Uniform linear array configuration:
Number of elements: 24
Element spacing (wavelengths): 0.75
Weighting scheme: hann
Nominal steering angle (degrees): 45
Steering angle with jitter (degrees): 46.43
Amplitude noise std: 0.05
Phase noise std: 0.05

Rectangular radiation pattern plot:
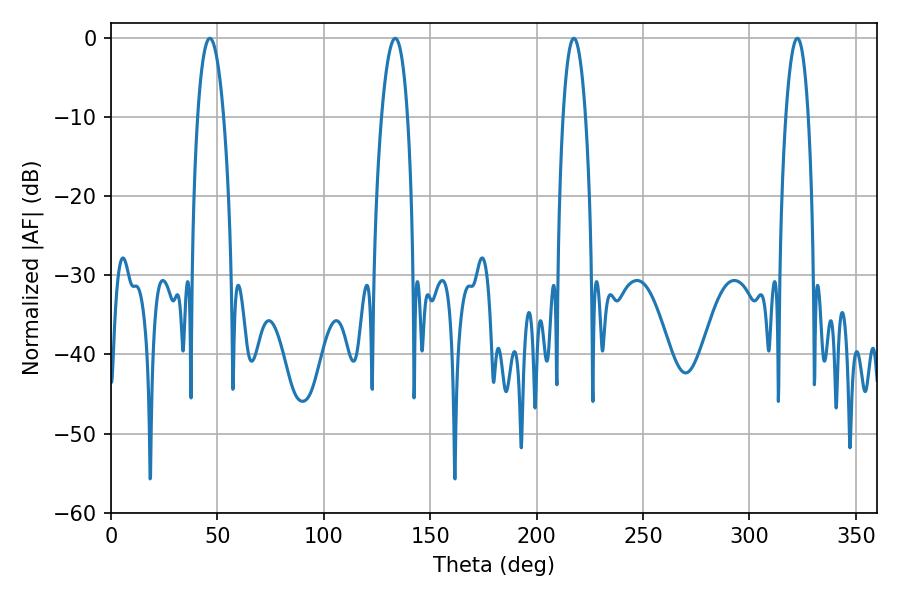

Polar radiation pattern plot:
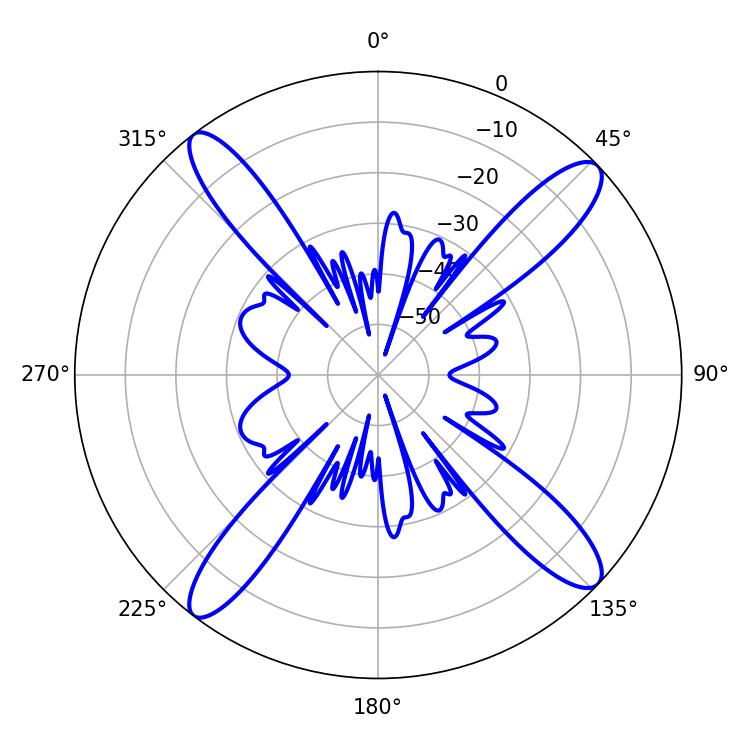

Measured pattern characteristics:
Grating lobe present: TRUE
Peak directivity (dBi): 16.002
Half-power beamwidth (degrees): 6.84
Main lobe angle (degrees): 46.44